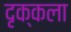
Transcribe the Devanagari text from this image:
दृक्कला